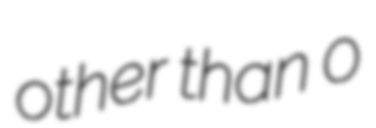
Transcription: other than 0